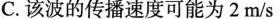
C.该波的传播速度可能为2m/s